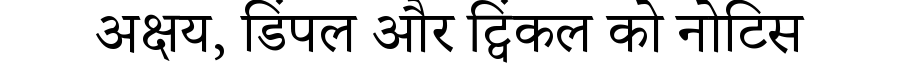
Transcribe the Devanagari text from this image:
अक्षय, डिंपल और ट्विंकल को नोटिस